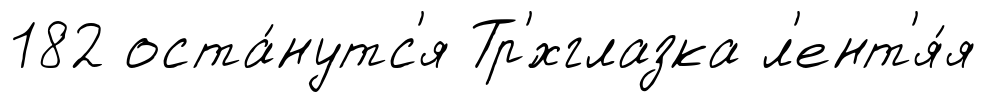
182 оста́нутс'я Тр'́хглазка л'ент'я́я